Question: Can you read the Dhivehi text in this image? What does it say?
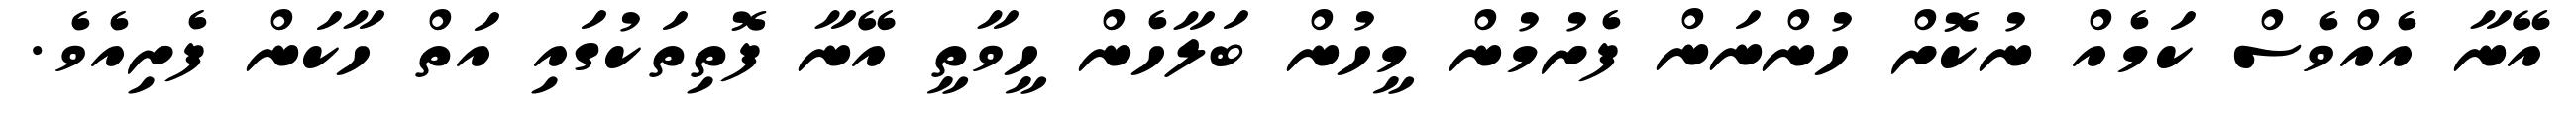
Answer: އޭނާ އެއްވެސް ކަމެއް ނުކޮށް ހުންނަން ފެށުމުން މީހުން ބަލާހެން ހީވާތީ އޭނާ ފޮތިތަކުގައި އަތް ހާކަން ފެށިއެވެ.